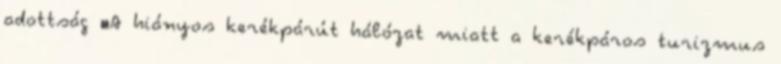
adottság ▪A hiányos kerékpárút hálózat miatt a kerékpáros turizmus